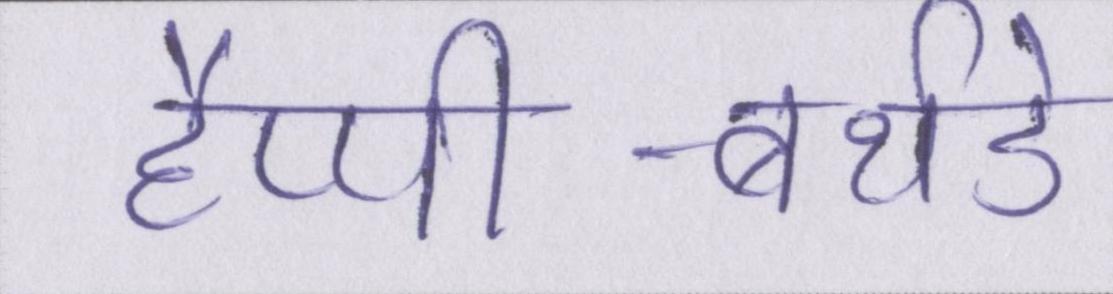
हैप्पी-बर्थडे